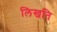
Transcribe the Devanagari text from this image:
लिखति